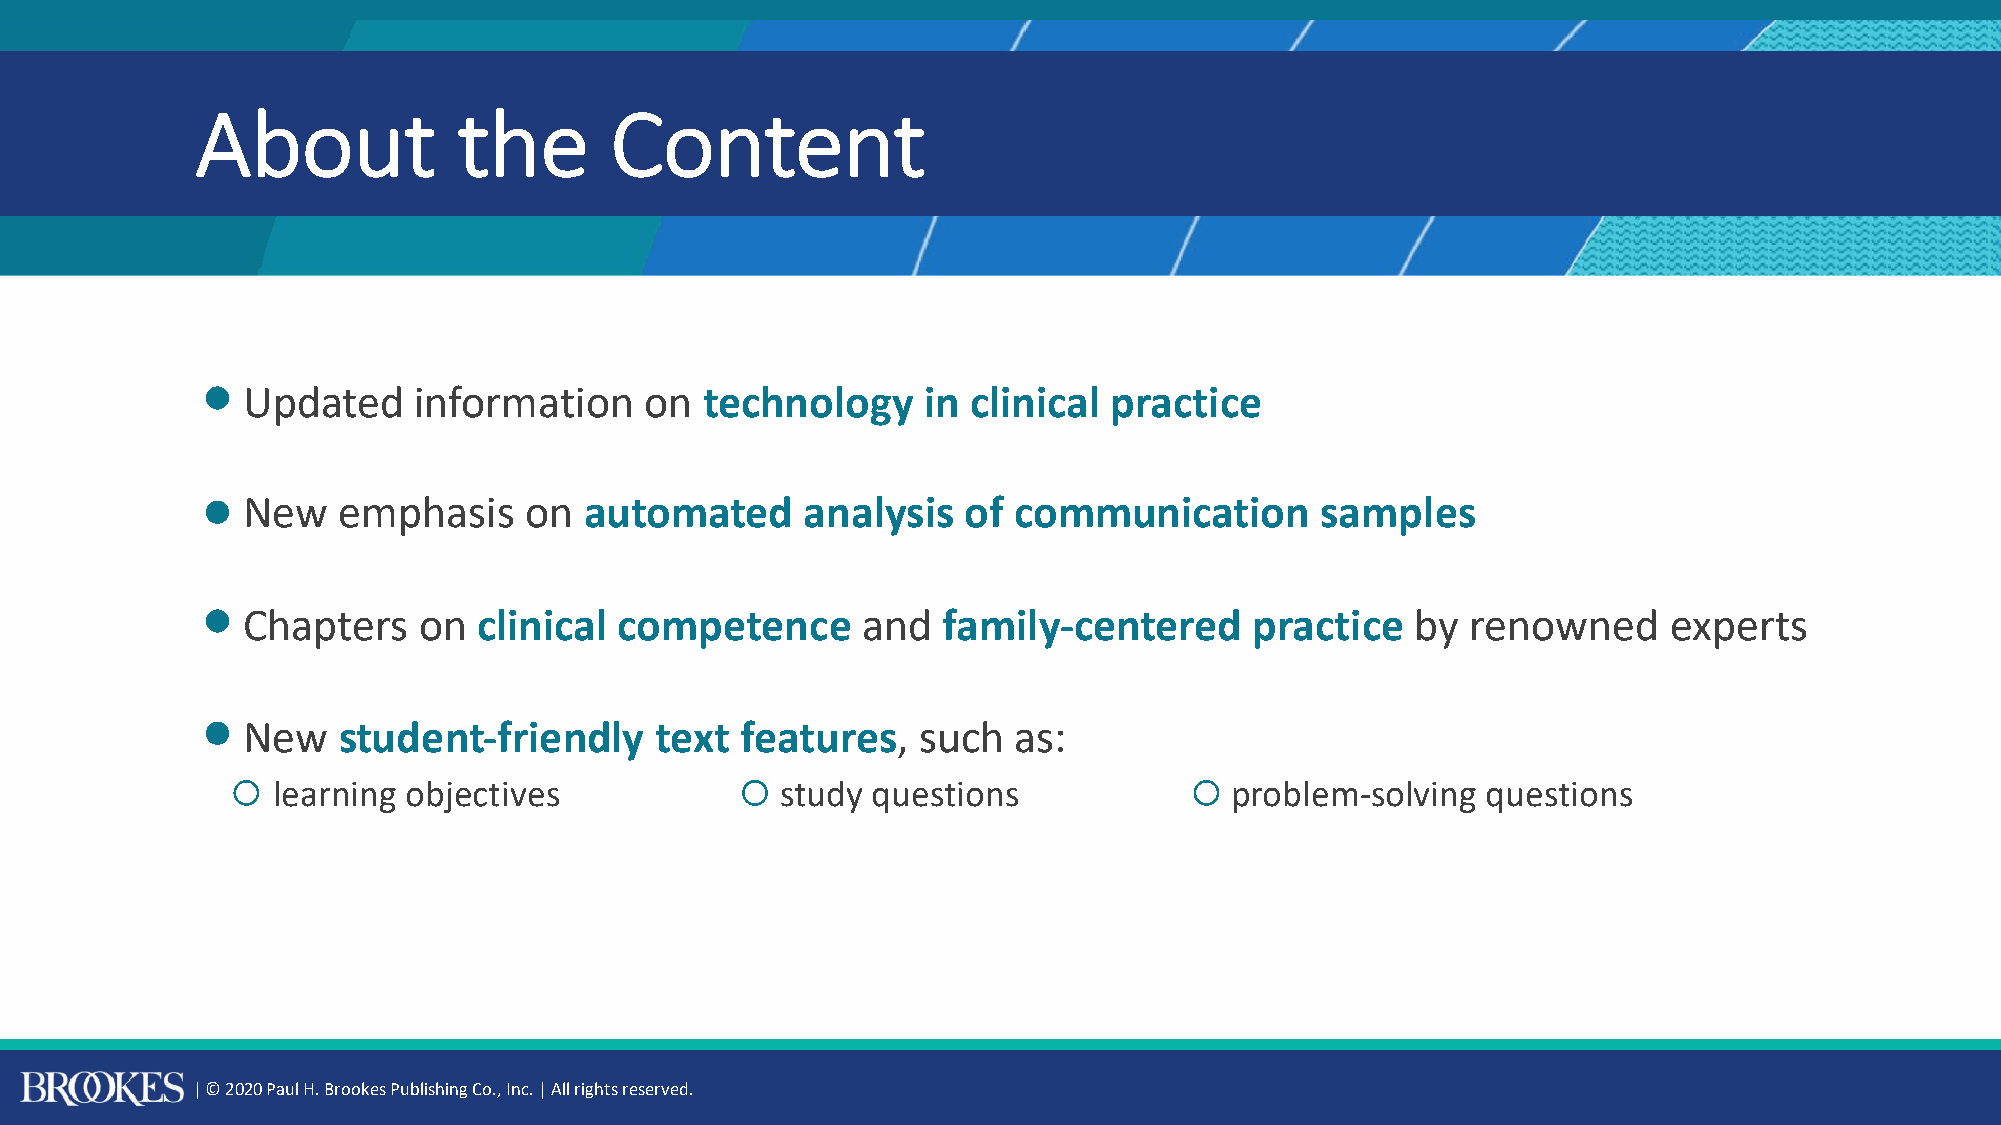
About            the       Content
 ◦ Updated    information     on  technology    in clinical  practice
 ◦ New   emphasis     on  automated     analysis   of communication       samples
 ◦ Chapters    on  clinical competence      and  family-centered      practice   by renowned      experts
 ◦ New   student-friendly     text  features,   such  as:
 ◦ learning objectives               study questions              problem-solving  questions
 | © 2020 Paul H. Brookes Publishing Co., Inc. | All rights reserved.